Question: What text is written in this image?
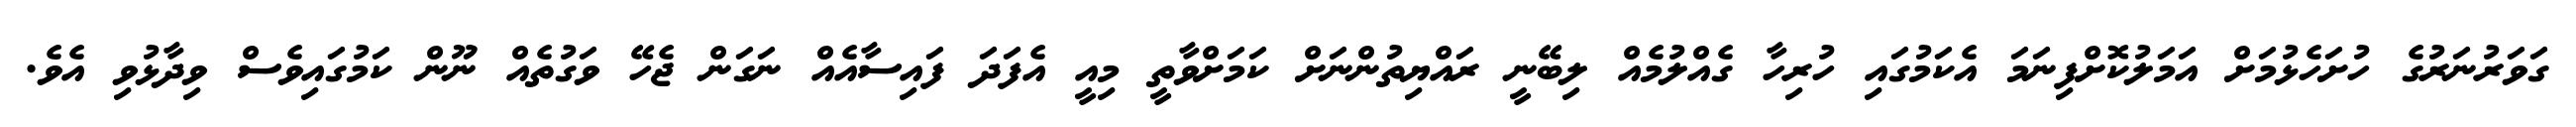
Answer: ގަވަރުނަރުގެ ހުށަހެޅުމަށް އަމަލުކޮށްފިނަމަ އެކަމުގައި ހުރިހާ ގެއްލުމެއް ލިބޭނީ ރައްޔިތުންނަށް ކަމަށްވާތީ މިއީ އެފަދަ ފައިސާއެއް ނަގަން ޖެހޭ ވަގުތެއް ނޫން ކަމުގައިވެސް ވިދާޅުވި އެވެ.